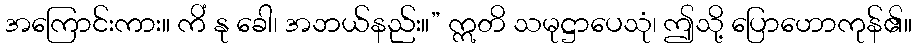
အကြောင်းကား။ ကိံ နု ခေါ၊ အဘယ်နည်း။” ဣတိ သမုဋ္ဌာပေသုံ၊ ဤသို့ ပြောဟောကုန်၏။